Scottish Leaving Certificate Examination, 1955
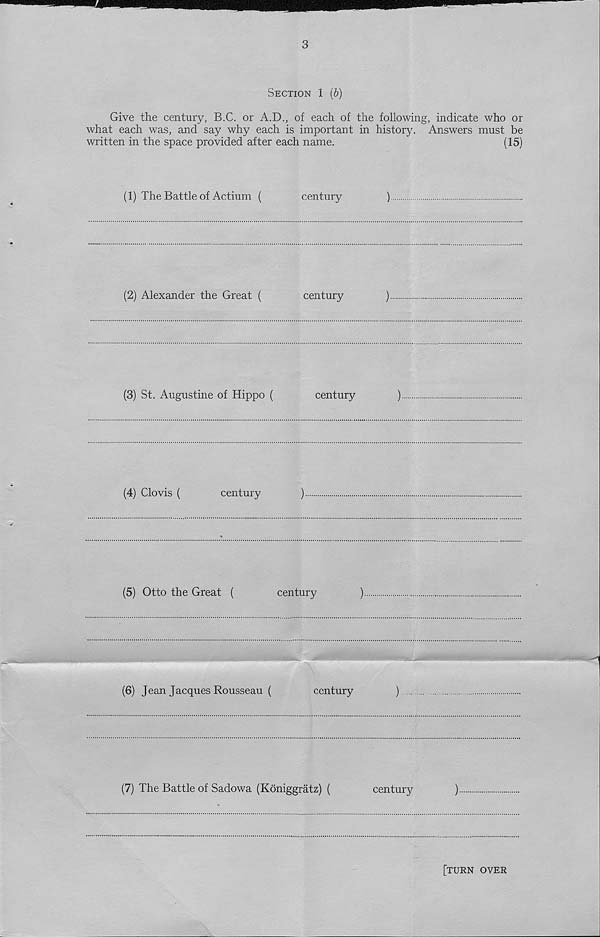
3
Section 1 (b)
Give the century, B.C. or A.D., of each of the following, indicate who or
what each was, and say why each is important in history. Answers must be
written in the space provided after each name.
(15)
(1) The Battle of Actium (
century
)
(2) Alexander the Great (
century
)
(3) St. Augustine of Hippo (
century
)
(4) Clovis (
century
)
(5) Otto the Great (
century
)
(6) Jean Jacques Rousseau (
century
)
(7) The Battle of Sadowa (Kdniggratz) (
century
)
[turn over